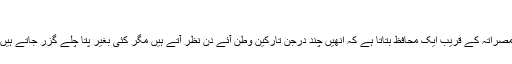
‘
مصراتہ کے قریب ایک محافظ بتاتا ہے کہ انھیں چند درجن تارکینِ وطن آئے دن نظر آتے ہیں مگر کئی بغیر پتا چلے گزر جاتے ہیں۔